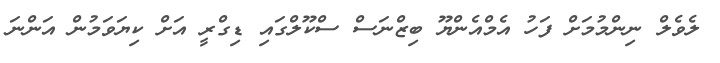
ލެވެލް ނިންމުމަށް ފަހު އެމްއެންޔޫ ބިޒްނަސް ސްކޫލްގައި ޑިގްރީ އަށް ކިޔަވަމުން އަންނަ